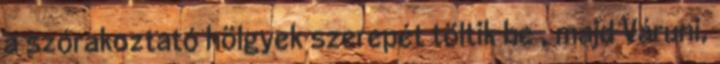
a szórakoztató hölgyek szerepét töltik be , majd Váruni,